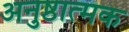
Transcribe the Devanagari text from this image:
अनुष्ठात्मक